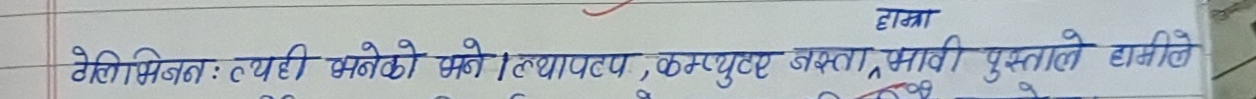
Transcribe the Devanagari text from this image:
टेलिभिजन : त्यही भनेको झैँ । यथार्थता, कम्प्युट जस्ता, प्रभावी पुस्तले हामीले